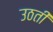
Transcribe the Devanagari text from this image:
उठतीं